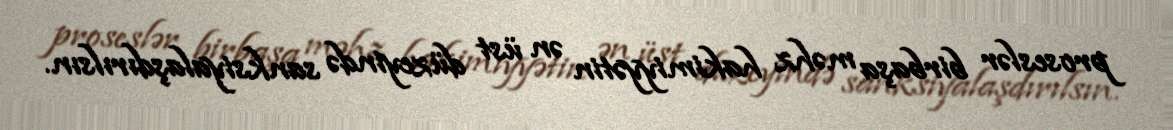
proseslər birbaşa məhz hakimiyyətin ən üst düzeyində sanksiyalaşdırılsın.